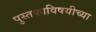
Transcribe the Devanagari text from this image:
पुस्तकाविषयीच्या